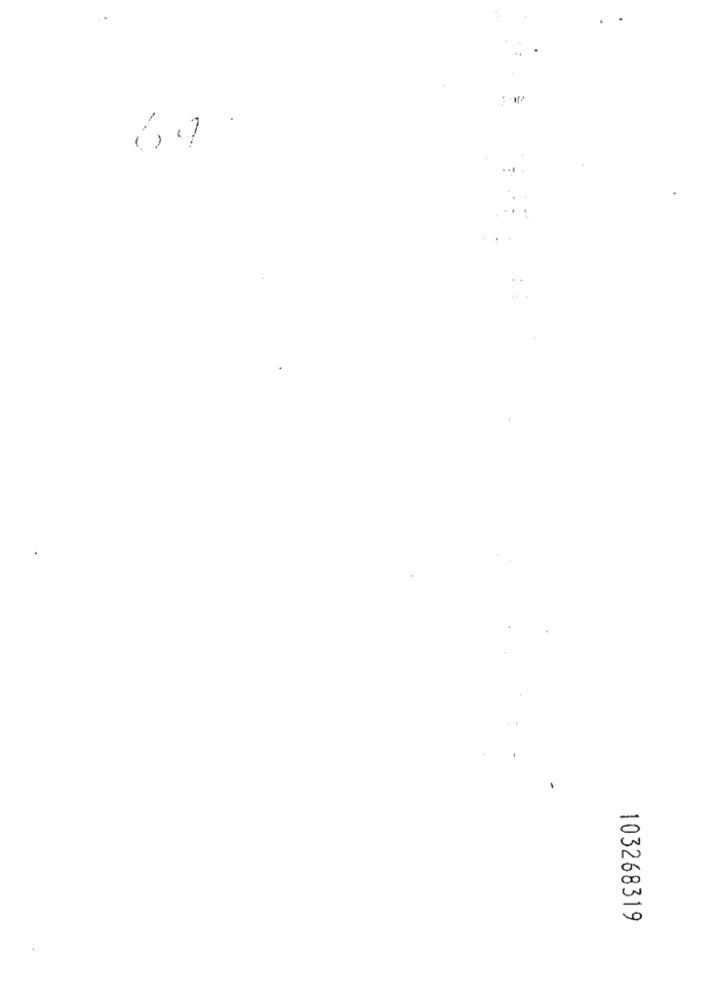
103268319